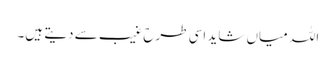
اللہ میاں شاید اسی طرح غیب سے دیتے ہیں۔